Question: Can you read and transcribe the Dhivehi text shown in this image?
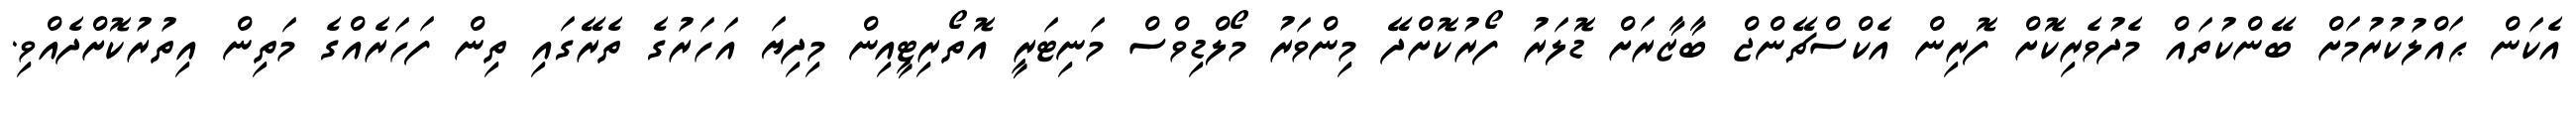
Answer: އެކަން ޙައްލުކުރުމަށް ބޭންކުތައް މެދުވެރިކޮށް ފޮރިން އެކްސްޗޭންޖް ބާޒާރަށް ޑޮލަރު ފޯރުކޮށްދޭ މިންވަރު މޯލްޑިވްސް މަނިޓަރީ އޮތޯރިޓީއިން މިދިޔަ އަހަރުގެ ތެރޭގައި ތިން ފަހަރެއްގެ މަތިން އިތުރުކޮށްދެއްވި.